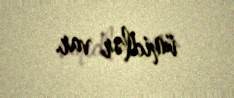
ümidlər var.